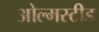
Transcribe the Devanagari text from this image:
ओल्मस्टीड